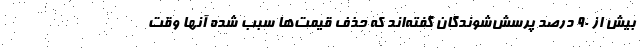
بیش از ۹۰ درصد پرسش‌شوندگان گفته‌اند که حذف قیمت‌ها سبب شده آنها وقت